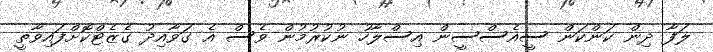
ލަފާ ދިން ކަންކަން ސީއެސްސީން އިސްލާހު ނުކުރުމުން ވެސް އެ ގަވާއިދު ގެޒެޓްކޮށްފައިވާތީ